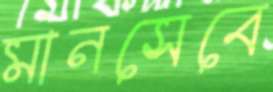
মানসেবে